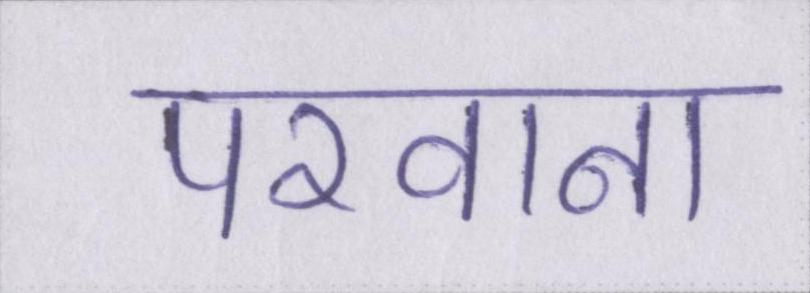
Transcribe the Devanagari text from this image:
परवाना